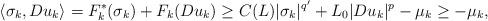
LaTeX: \begin{align*}\langle \sigma_k,Du_k\rangle=F^*_k(\sigma_k)+F_k(Du_k)\ge C(L)|\sigma_k|^{q'}+L_0|Du_k|^p-\mu_k\ge -\mu_k,\end{align*}